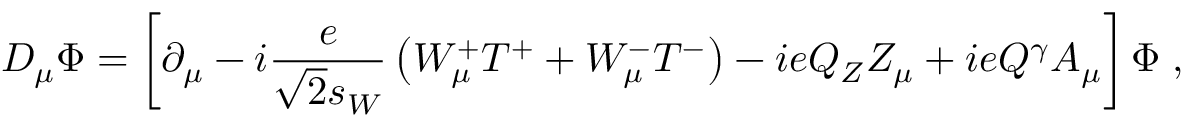
D _ { \mu } \Phi = \left[ \partial _ { \mu } - i \frac { e } { \sqrt { 2 } s _ { W } } \left( W _ { \mu } ^ { + } T ^ { + } + W _ { \mu } ^ { - } T ^ { - } \right) - i e Q _ { Z } Z _ { \mu } + i e Q ^ { \gamma } A _ { \mu } \right] \Phi \; ,